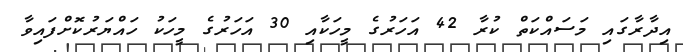
އިދާރާގައި މަސައްކަތް ކުރާ 42 އަހަރުގެ މީހަކާއި 30 އަހަރުގެ މީހަކު ހައްޔަރުކޮށްފައިވާ